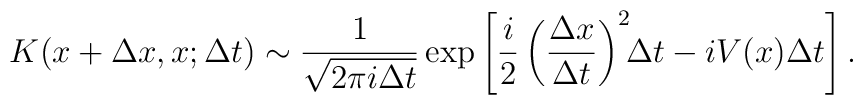
K( x + \Delta x, x; \Delta t) 	\sim 	\frac{1}{ \sqrt{2 \pi i \Delta t} } 	\exp 	\left[ 		\frac{i}{2} 		\left( \frac{\Delta x}{\Delta t} \right)^2 \!\! \Delta t		- i V(x) \Delta t	\right].